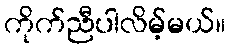
ကိုက်ညီပါလိမ့်မယ်။